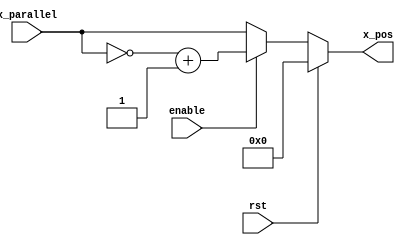
`timescale 1ns / 1ps
//////////////////////////////////////////////////////////////////////////////////
// Company: 
// Engineer: 
// 
// Design Name: 
// Module Name: NM_complement
// Project Name: 
// Target Devices: 
// Tool Versions: 
// Description: 
// 
// Dependencies: 
// 
// Revision:
// Revision 0.01 - File Created
// Additional Comments:
// 
//////////////////////////////////////////////////////////////////////////////////

//provides the 2's complement of the number if enabled 
module NM_complement
    ( input [22:0] x_parallel, input enable, input rst, 
    output reg [22:0] x_pos
    );
 
    always @ (*) begin 
 
        if (rst) 
            x_pos <= 0; 
        
        else begin 
            if (enable) 
                x_pos = ~(x_parallel) + 1'b1;
            else    
                x_pos = x_parallel;     
        end
        
    end   
        
endmodule